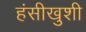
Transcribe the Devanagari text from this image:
हंसीखुशी